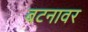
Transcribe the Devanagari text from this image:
बटनावर